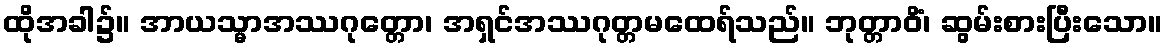
ထိုအခါ၌။ အာယသ္မာအဿဂုတ္တော၊ အရှင်အဿဂုတ္တမထေရ်သည်။ ဘုတ္တာဝိံ၊ ဆွမ်းစားပြီးသော။